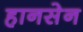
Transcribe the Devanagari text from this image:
हानसेन